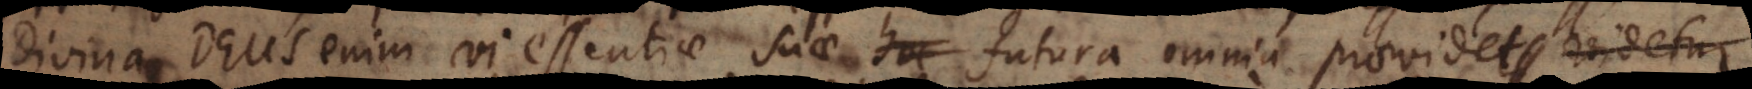
Divina, Deus enim vi essentiae suae futura omnia praevidet, videtur